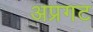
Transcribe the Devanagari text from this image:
अप्रगट